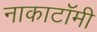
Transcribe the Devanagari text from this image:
नाकाटॉमी